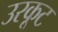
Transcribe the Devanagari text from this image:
उरकूट